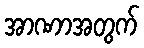
အာဏာအတွက်